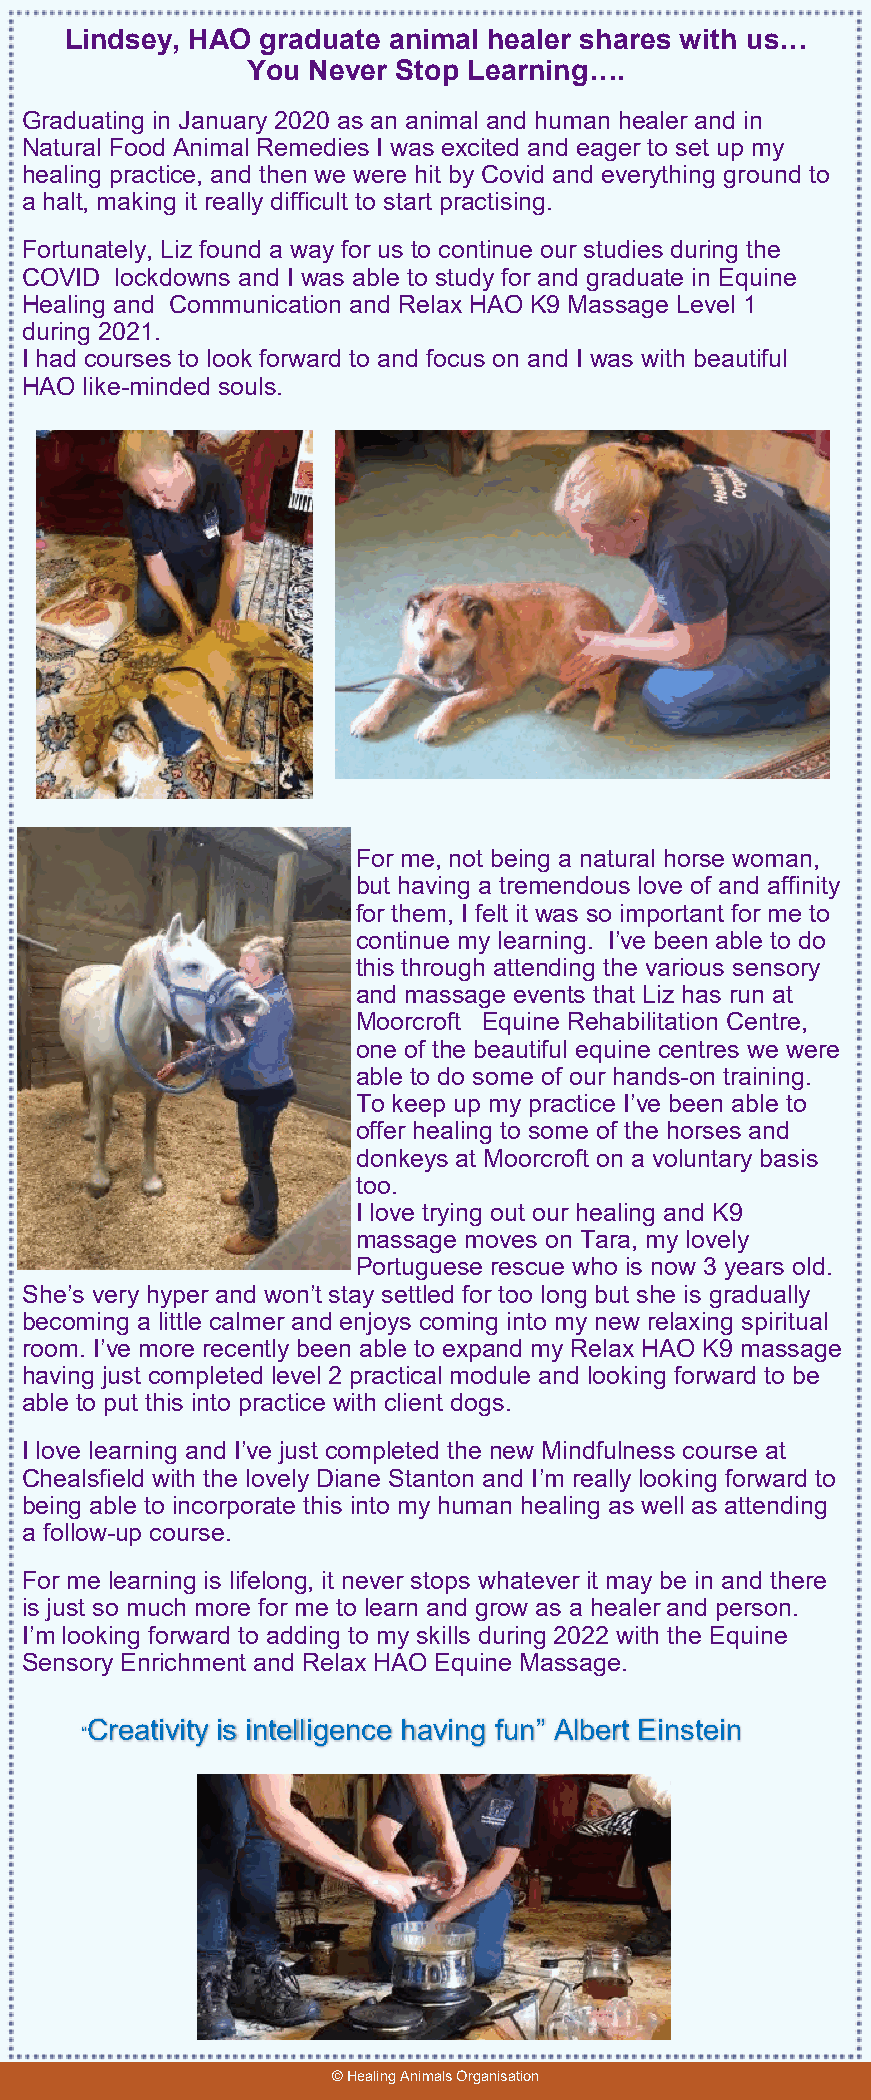
Lindsey, HAO graduate animal healer shares with us…
 You Never Stop Learning….
 Graduating in January 2020 as an animal and human healer and in
 Natural Food Animal Remedies I was excited and eager to set up my
 healing practice, and then we were hit by Covid and everything ground to
 a halt, making it really difficult to start practising.
 Fortunately, Liz found a way for us to continue our studies during the
 COVID  lockdowns and I was able to study for and graduate in Equine
 Healing and Communication and Relax HAO K9 Massage Level 1
 during 2021.
 I had courses to look forward to and focus on and I was with beautiful
 HAO  like-minded souls.
 For me, not being a natural horse woman,
 but having a tremendous love of and affinity
 for them, I felt it was so important for me to
 continue my learning. I’ve been able to do
 this through attending the various sensory
 and massage events that Liz has run at
 Moorcroft Equine Rehabilitation Centre,
 one of the beautiful equine centres we were
 able to do some of our hands-on training.
 To keep up my practice I’ve been able to
 offer healing to some of the horses and
 donkeys at Moorcroft on a voluntary basis
 too.
 I love trying out our healing and K9
 massage moves on Tara, my lovely
 Portuguese rescue who is now 3 years old.
 She’s very hyper and won’t stay settled for too long but she is gradually
 becoming a little calmer and enjoys coming into my new relaxing spiritual
 room. I’ve more recently been able to expand my Relax HAO K9 massage
 having just completed level 2 practical module and looking forward to be
 able to put this into practice with client dogs.
 I love learning and I’ve just completed the new Mindfulness course at
 Chealsfield with the lovely Diane Stanton and I’m really looking forward to
 being able to incorporate this into my human healing as well as attending
 a follow-up course.
 For me learning is lifelong, it never stops whatever it may be in and there
 is just so much more for me to learn and grow as a healer and person.
 I’m looking forward to adding to my skills during 2022 with the Equine
 Sensory Enrichment and Relax HAO Equine Massage.
 Creativity is intelligence having fun” Albert Einstein
 “
 © Healing Animals Organisation